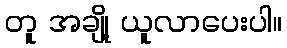
တူ အချို့ ယူလာပေးပါ။